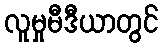
လူမှုမီဒီယာတွင်